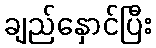
ချည်နှောင်ပြီး